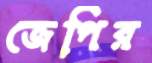
জেপির